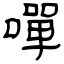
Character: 嘽